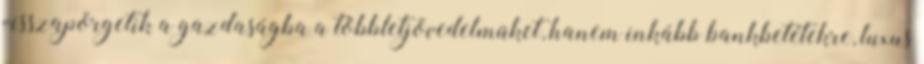
visszapörgetik a gazdaságba a többletjövedelmüket, hanem inkább bankbetétekre, luxus